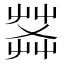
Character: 𦱹